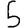
Digit: 5